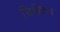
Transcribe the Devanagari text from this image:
डिस्टिन